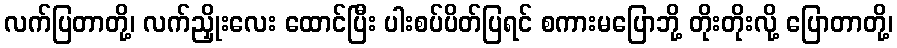
လက်ပြတာတို့၊ လက်ညှိုးလေး ထောင်ပြီး ပါးစပ်ပိတ်ပြရင် စကားမပြောဘို့ တိုးတိုးလို့ ပြောတာတို့၊